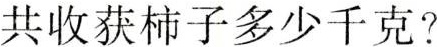
共收获柿子多少千克?